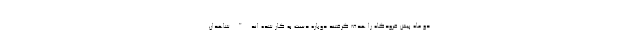
دو ماه پیش فرودگاه را هدف گرفتند دوباره دست به کار شده اند." شاهدان